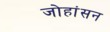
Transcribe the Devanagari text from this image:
जोहांसन